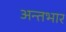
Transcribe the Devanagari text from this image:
अन्तभार